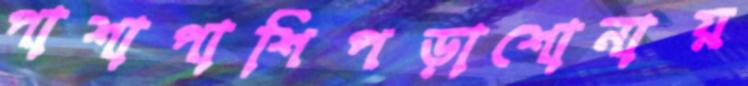
পাশাপাশিপড়াশোনায়